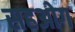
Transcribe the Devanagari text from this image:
सहओग